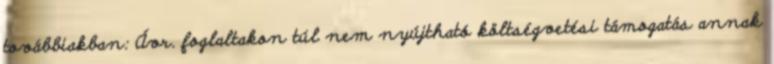
továbbiakban: Ávr. foglaltakon túl nem nyújtható költségvetési támogatás annak